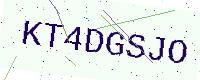
Text: KT4DGSJO